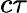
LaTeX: c\tau